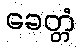
ခေတ္တံ